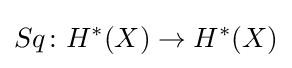
Sq\colon H^{*}(X)\to H^{*}(X)